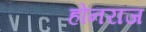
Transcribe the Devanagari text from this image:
होनराज